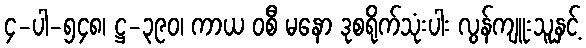
၄-ပါ-၅၄၈၊ ဋ္ဌ-၃၉၀၊ ကာယ ဝစီ မနော ဒုစရိုက်သုံးပါး လွန်ကျူးသူနှင့်